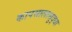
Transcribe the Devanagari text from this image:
कापसालासुद्धा